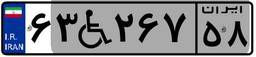
۰۸W۰۷۶۹۰